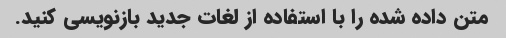
متن داده شده را با استفاده از لغات جدید بازنویسی کنید.